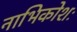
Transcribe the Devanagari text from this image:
नाभिकोशः